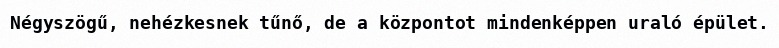
Négyszögű, nehézkesnek tűnő, de a központot mindenképpen uraló épület.